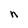
Character: n